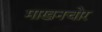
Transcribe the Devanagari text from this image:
माखनचोर